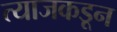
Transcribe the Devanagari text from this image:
त्याजकडून